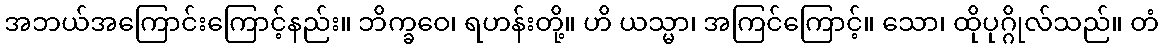
အဘယ်အကြောင်းကြောင့်နည်း။ ဘိက္ခဝေ၊ ရဟန်းတို့။ ဟိ ယသ္မာ၊ အကြင်ကြောင့်။ သော၊ ထိုပုဂ္ဂိုလ်သည်။ တံ